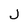
Character: J